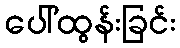
ပေါ်ထွန်းခြင်း